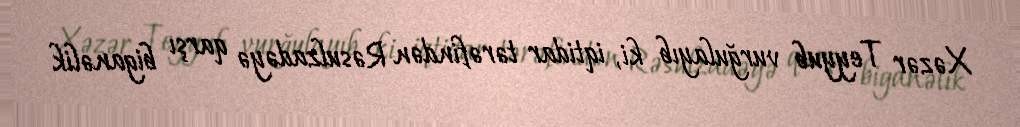
Xəzər Teyyub vurğulayıb ki, iqtidar tərəfindən Rəsulzadəyə qarşı biganəlik